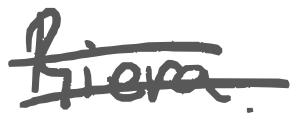
Text: Riera.
Cross-out: double-line
Writing tool: digital_gray